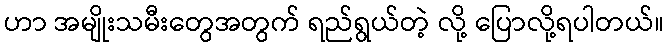
ဟာ အမျိုးသမီးတွေအတွက် ရည်ရွယ်တဲ့ လို့ ပြောလို့ရပါတယ်။